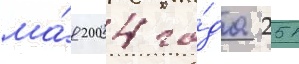
ма́я 2004 го́да 251